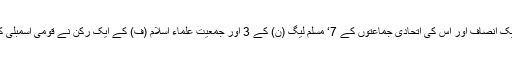
29 اکتوبر2018ء) تحریک انصاف اور اس کی اتحادی جماعتوں کے 7‘ مسلم لیگ (ن) کے 3 اور جمعیت علماء اسلام (ف) کے ایک رکن نے قومی اسمبلی کی رکنیت کا حلف اٹھا لیا۔